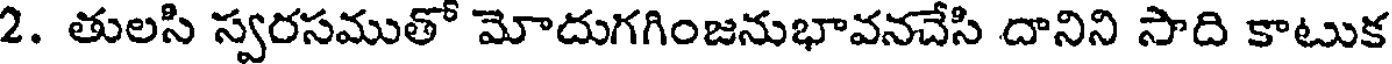
2. తులసి స్వరసముతో మోదుగగింజనుభావనచేసి దానిని సాది కాటుక